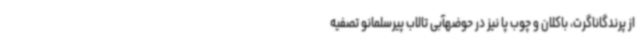
از پرندگاناگرت، باکلان و چوب پا نیز در حوضهآبی تالاب پیرسلمانو تصفیه